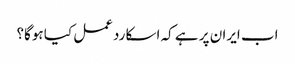
اب ایران پر ہے کہ اسکا ردعمل کیا ہوگا؟